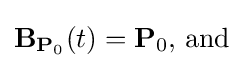
\mathbf {B} _{\mathbf {P} _{0}}(t)=\mathbf {P} _{0}{\text{, and}}